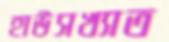
হাউসখ্যাত